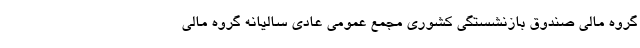
گروه مالی صندوق بازنشستگی کشوری مجمع عمومی عادی سالیانه گروه مالی